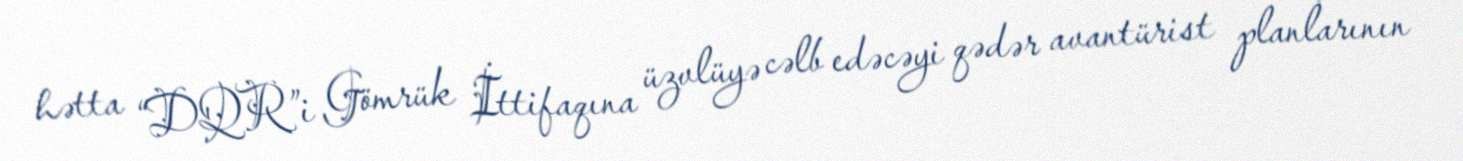
hətta “DQR”i Gömrük İttifaqına üzvlüyə cəlb edəcəyi qədər avantürist planlarının